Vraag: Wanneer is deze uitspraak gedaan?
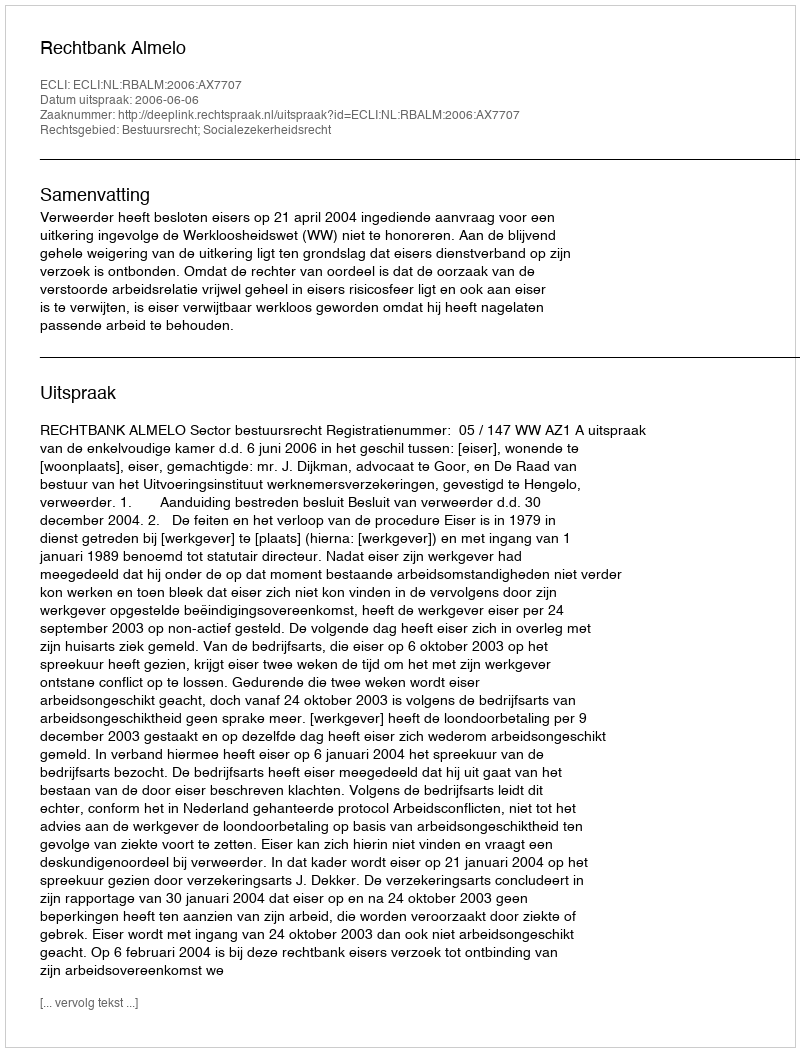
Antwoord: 2006-06-06